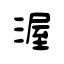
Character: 渥